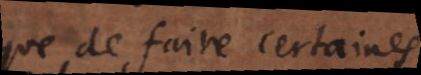
que de faire certaines